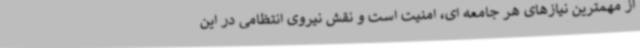
از مهمترین نیازهای هر جامعه ای، امنیت است و نقش نیروی انتظامی در این